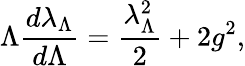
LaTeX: \Lambda{\frac{d\lambda_{\Lambda}}{d\Lambda}}={\frac{\lambda_{\Lambda}^{2}}{2}}+2g^{2},